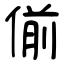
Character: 偂